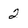
Character: 2